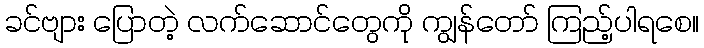
ခင်ဗျား ပြောတဲ့ လက်ဆောင်တွေကို ကျွန်တော် ကြည့်ပါရစေ။